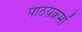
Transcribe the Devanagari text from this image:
पाठय़क्रमों